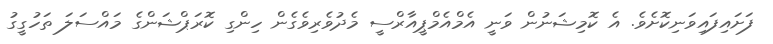
ފަށައިފައިވަނިކޮށެވެ. އެ ކޮމިޝަނުން ވަނީ އެމްއެމްޕީއާރްސީ މެދުވެރިވެގެން ހިންގި ކޮރަޕްޝަންގެ މައްސަލަ ތަހުގީގު